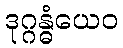
ဒုဂ္ဂန္ဓံယေဝ